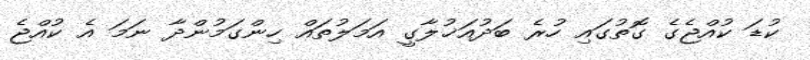
ކުޑަ ކުއްޖެގެ ގޮތުގައި ހުރެ ބަދުއަޚުލާގީ އަމަލުތައް ހިންގަމުންދާ ނަމަ އެ ކުއްޖެ